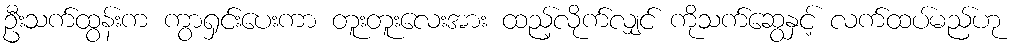
ဦးသက်ထွန်းက ကွာရှင်းပေးကာ တူးတူးလေးအား ထည့်လိုက်လျှင် ကိုသက်ဆွေနှင့် လက်ထပ်မည်ဟု